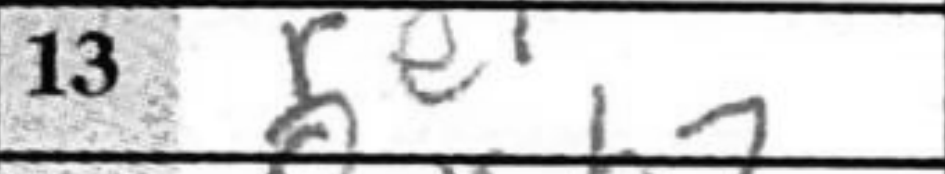
Transcription: Re1